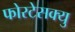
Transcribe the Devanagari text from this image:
फोरटेसक्यु